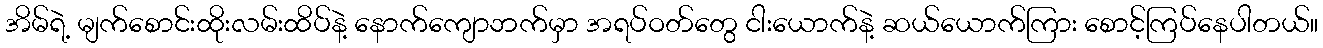
အိမ်ရဲ့ မျက်စောင်းထိုးလမ်းထိပ်နဲ့ နောက်ကျောဘက်မှာ အရပ်ဝတ်တွေ ငါးယောက်နဲ့ ဆယ်ယောက်ကြား စောင့်ကြပ်နေပါတယ်။